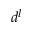
d ^ { l }